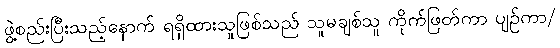
ဖွဲ့စည်းပြီးသည့်နောက် ရရှိထားသူဖြစ်သည် သူမချစ်သူ ကိုက်ဖြတ်ကာ ပျဉ်ကာ/